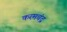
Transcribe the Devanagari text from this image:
करमचंद्र